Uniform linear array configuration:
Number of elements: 4
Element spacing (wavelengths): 1
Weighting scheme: kaiser
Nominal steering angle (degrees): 45
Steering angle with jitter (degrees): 46.768
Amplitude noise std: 0.05
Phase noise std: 0.05

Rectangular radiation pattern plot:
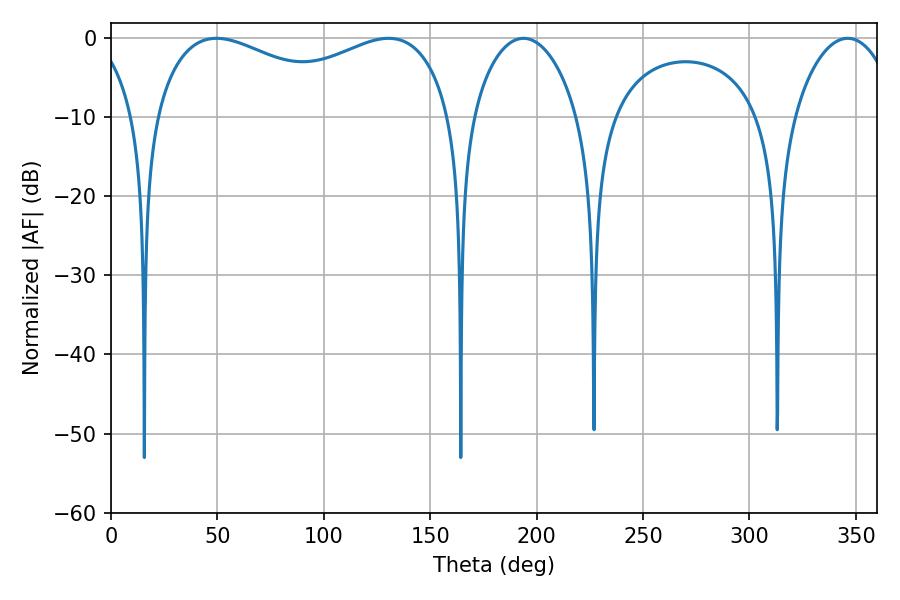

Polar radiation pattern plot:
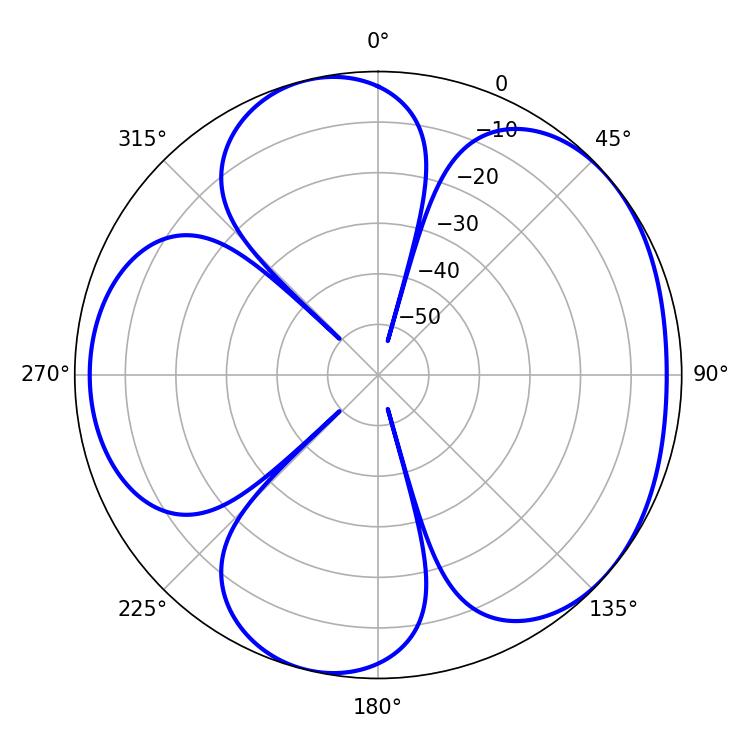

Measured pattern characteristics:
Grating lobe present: TRUE
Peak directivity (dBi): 4.809
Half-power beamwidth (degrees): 28.08
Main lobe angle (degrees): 346.14